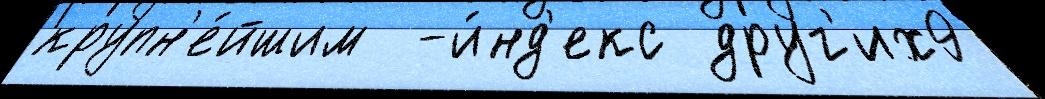
крупн'е́йшим  -и́нд'екс друг'их9